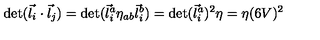
\det ( \vec { l } _ { i } \cdot \vec { l } _ { j } ) = \det ( \vec { l } _ { i } ^ { a } \eta _ { a b } \vec { l } _ { i } ^ { b } ) = \det ( \vec { l } _ { i } ^ { a } ) ^ { 2 } \eta = \eta ( 6 V ) ^ { 2 }